Leaving Certificate Examination (including Day School Certificate (Higher) General paper), 1928
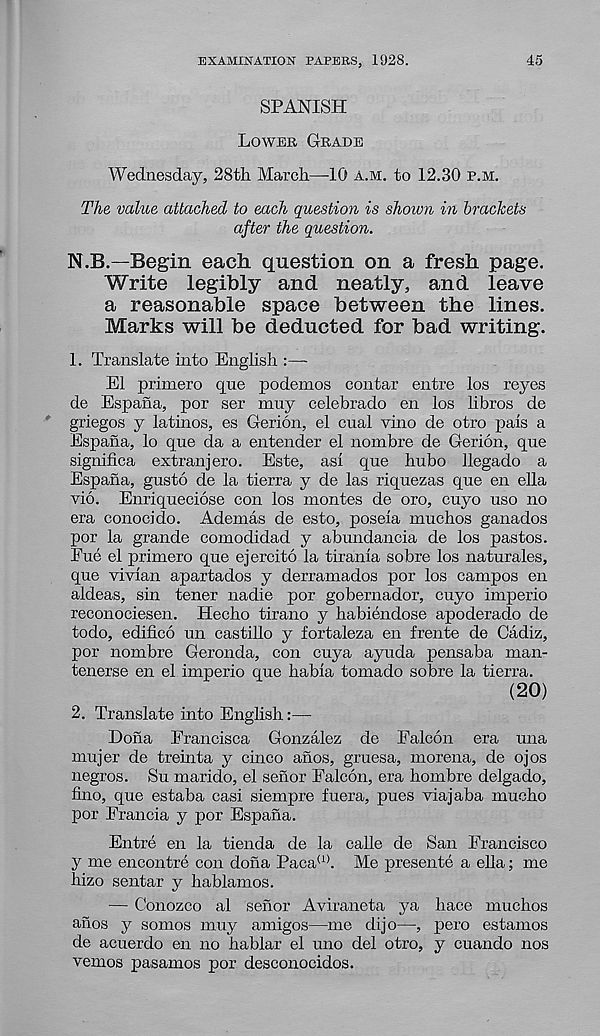
EXAMINATION PAPERS, 1928.
45
SPANISH
Loweb Grade
Wednesday, 28th March—10 a.m. to 12.30 p.m.
The value attached to each question is shown in brackets
after the question.
N.B.—Begin each question on a fresh page.
Write legibly and neatly, and leave
a reasonable space between the lines.
Marks will be deducted for bad writing.
1. Translate into English :—-
El primero que podemos contar entre los reyes
de Espana, por ser muy celebrado en los libros de
griegos y latinos, es Gerion, el cual vino de otro pais a
Espana, lo que da a entender el nombre de Gerion, que
significa extranjero. Este, asi que hubo llegado a
Espana, gusto de la tierra y de las riquezas que en ella
vio. Enriqueciose con los montes de oro, cuyo uso no
era conocido. Adenaas de esto, poseia muchos ganados
por la grande comodidad y abundancia de los pastes.
Eue el primero que ejercito la tirania sobre los naturales,
que vivian apartados y derramados por los campos en
aldeas, sin tener nadie por gobernador, cuyo imperio
reconociesen. Hecho tirano y habiendose apoderado de
todo, edifico un castillo y fortaleza en frente de Cadiz,
por nombre Geronda, con cuya ayuda pensaba man-
tenerse en el imperio que habia tornado sobre la tierra.
(20)
2. Translate into English:—
Dona Erancisca Gonzalez de Falcon era una
mujer de tremta y emeo afios, gruesa, morena, de ojos
negros. Su marido, el senor Falcon, era hombre delgado,
fino, que estaba casi siempre fuera, pues viajaba mucho
por Francia y por Espana.
Entre en la tienda de la calle de San Francisco
y me encontre con dona Paca (1> . Me presente a ella; me
hizo sentar y hablamos.
— Conozco al senor Aviraneta ya hace muchos
anos y somos muy amigos—me dijo—, pero estamos
de acuerdo en no hablar el uno del otro, y cuando nos
vemos pasamos por desconocidos.